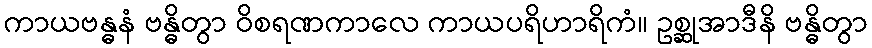
ကာယဗန္ဓနံ ဗန္ဓိတွာ ဝိစရဏကာလေ ကာယပရိဟာရိကံ။ ဥစ္ဆုအာဒီနိ ဗန္ဓိတွာ